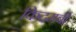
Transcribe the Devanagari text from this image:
किदमबी